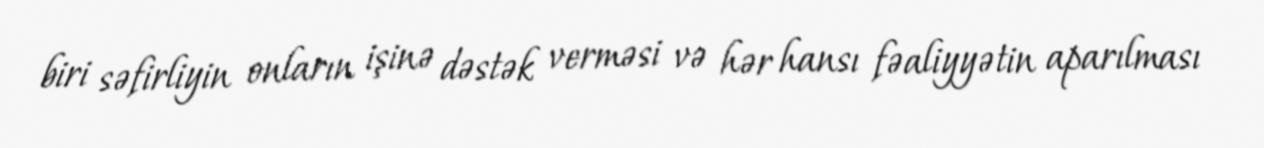
biri səfirliyin onların işinə dəstək verməsi və hər hansı fəaliyyətin aparılması